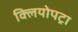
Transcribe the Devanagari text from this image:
क्लियोपट्रा